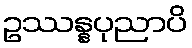
ဥဿန္နပုညာပိ